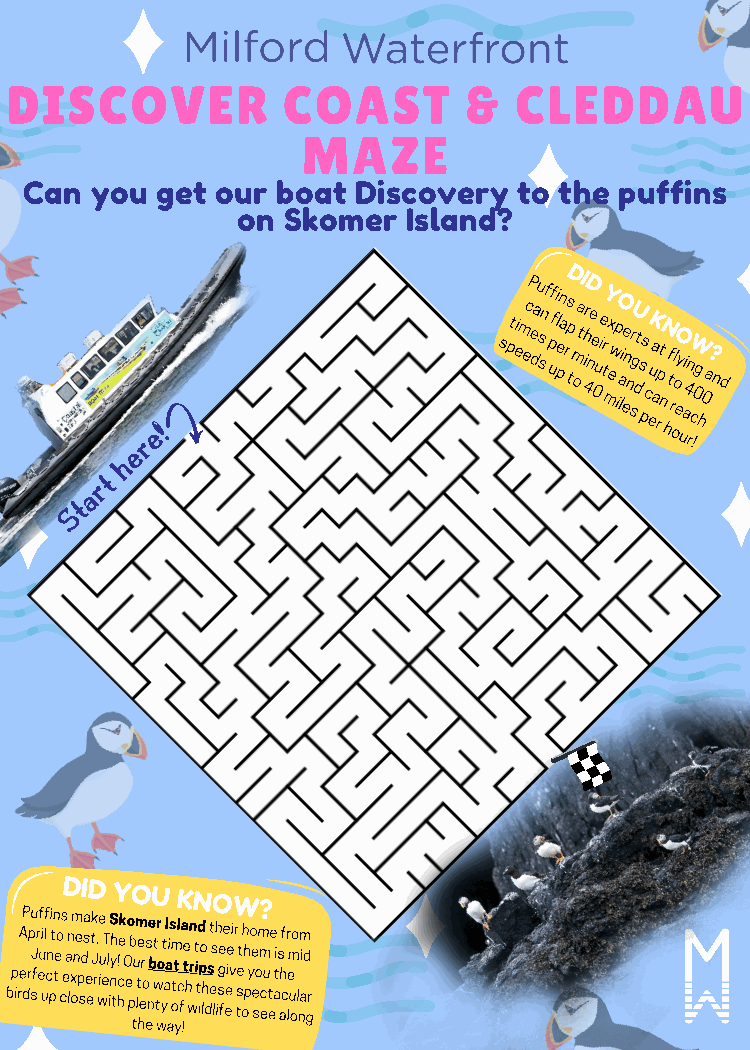
DISCOVER           COAST       &  CLEDDAU
 MAZE
 Can you get our boat  Discovery to the puffins
 on Skomer  Island?
 re!
 spt eim ecP e dau s snf p uf fi e pln a rD s p
 t
 m
 o
 a tI D h i 4r ne e 0u ie Y tr
 m
 ex wO p
 i
 a
 li ee n nU sr g dt s ps
 c
 K
 e
 ua
 a
 rpN t
 n
 h
 tf
 r
 oO l
 o
 ey
 u
 ai 4n rW
 c
 !0g
 h0
 a?
 nd
 e
 h
 t
 r
 a
 t
 S
 bp irA eP drp su J fr e f ui ulf cn pi tn teo csD e an l x om ne p sI dsa e eD tk J r . we iu eT l iS nyh tY ! hcek O e o pbO tu m lte her os
 e
 ne bU t w tr wo yt aI a ai s om tt yK l c
 f
 a !te h wn r N t i td ipo lh
 d
 s t esO lh isge fe eeie viW r tset oh h p y o e e so? m m c eu t ee ati s ahf c r lem u oo l nm aid gr